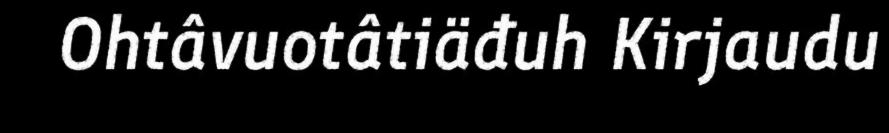
Ohtâvuotâtiäđuh Kirjaudu